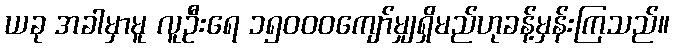
ယခု အခါမှာမူ လူဦးရေ ၁၅၀၀၀ကျော်မျှရှိမည်ဟုခန့်မှန်းကြသည်။